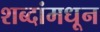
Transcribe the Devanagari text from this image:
शब्दांमधून